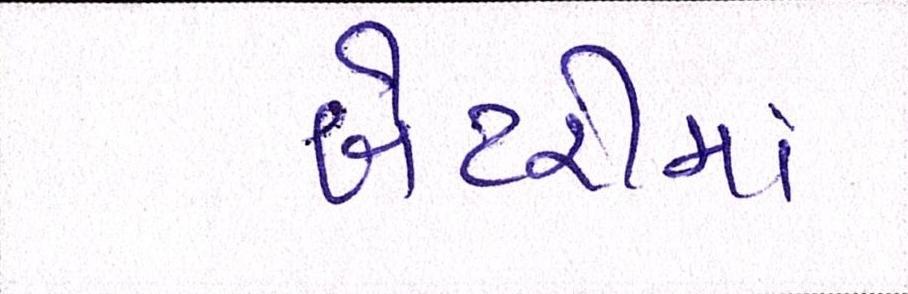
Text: બેટરીમાં